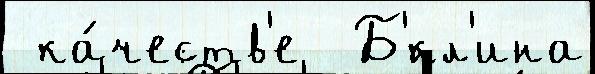
 ка́честв'е  Б'́кл'ина